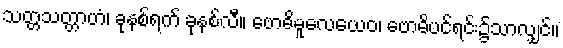
သတ္တသတ္တာဟံ၊ ခုနစ်ရက် ခုနစ်လီ။ ဗောဓိမူလေယေဝ၊ ဗောဓိပင်ရင်း၌သာလျှင်။